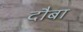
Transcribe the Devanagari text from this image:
दौबा